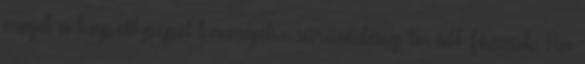
majd a kapott pépet kevergetve sűrűsödésig tovább főzzük. Ha